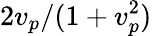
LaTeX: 2v_{p}/(1+v_{p}^{2})